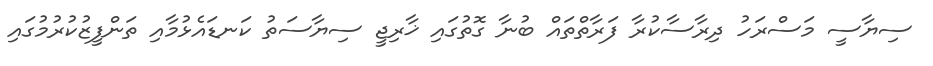
ސިޔާސީ މަސްރަހު ދިރާސާކުރާ ފަރާތްތައް ބުނާ ގޮތުގައި ޚާރިޖީ ސިޔާސަތު ކަނޑައެޅުމާއި ތަންފީޒުކުރުމުގައި